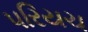
પરિયચ